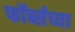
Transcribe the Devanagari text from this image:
फॉर्ब्सच्या